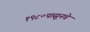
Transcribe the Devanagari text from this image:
१९८०पासूनचे